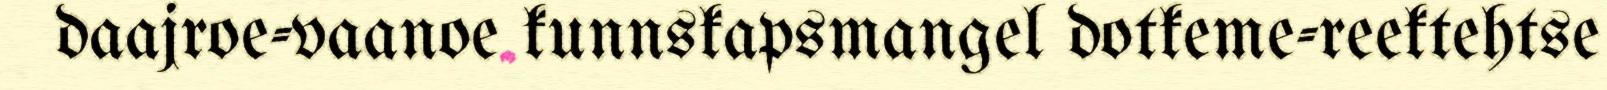
daajroe-vaanoe kunnskapsmangel dotkeme-reektehtse